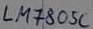
Text: LM7805C